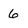
Character: 6